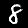
Digit: 8